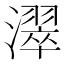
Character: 濢